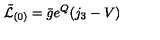
\tilde { \mathcal { L } } _ { ( 0 ) } = \bar { g } e ^ { Q } ( j _ { 3 } - V ) \,